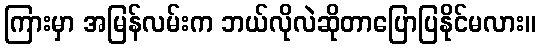
ကြားမှာ အမြန်လမ်းက ဘယ်လိုလဲဆိုတာပြောပြနိုင်မလား။